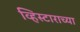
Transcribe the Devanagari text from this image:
व्हिस्टाराच्या